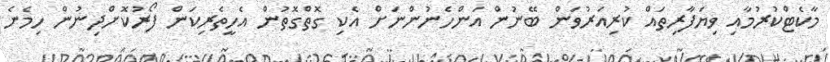
މާކެޓްކުރުމާއި ވިޔަފާރިތައް ކުރިއަރުވަން ބޭނުން އަންހެނުންނަށް އެކި ގޮތްގޮތުން އެހީތެރިކަން ފޯރުކޮށްދިނުން ހިމެނެ